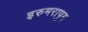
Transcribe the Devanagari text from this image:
इरुमरापुम